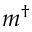
m ^ { \dag }